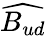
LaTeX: \widehat{B_{ud}}